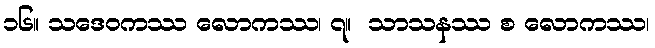
၁၆။ သဒေဝကဿ လောကဿ၊ ၇။  သာသနဿ စ လောကဿ၊